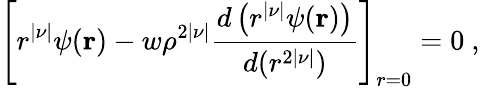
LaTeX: \left[r^{|\nu|}\psi({\mathbf r})-w\rho^{2|\nu|}{\frac{d\left(r^{|\nu|}\psi({\mathbf r})\right)}{d(r^{2|\nu|})}}\right]_{r=0}=0~,